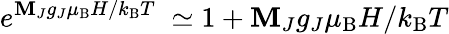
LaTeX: e^{\mathbf{M}_{J}g_{J}\mu_{\mathrm{{B}}}H/k_{\mathrm{{B}}}T\; }\simeq1+\mathbf{M}_{J}g_{J}\mu_{\mathrm{{B}}}H/k_{\mathrm{{B}}}T